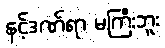
နင့်ဒဏ်ရာ မကြီးဘူး